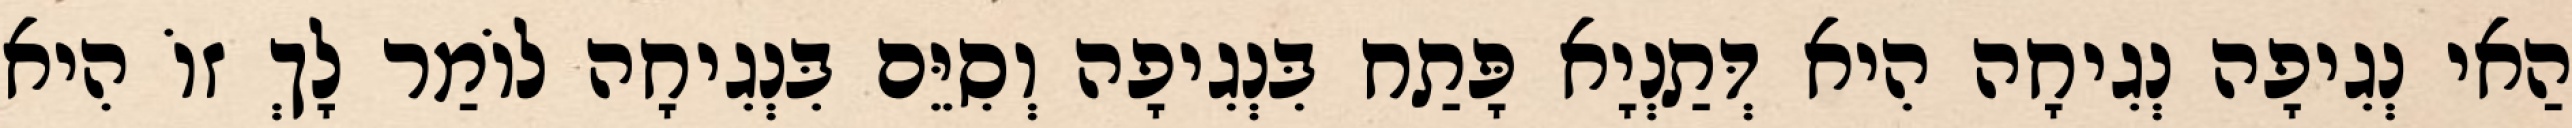
הַאי נְגִיפָה נְגִיחָה הִיא דְּתַנְיָא פָּתַח בִּנְגִיפָה וְסִיֵּם בִּנְגִיחָה לוֹמַר לָךְ זוֹ הִיא